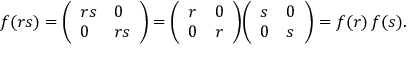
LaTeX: f ( r s ) = { \left( \begin{array} { l l } { r s } & { 0 } \\ { 0 } & { r s } \end{array} \right) } = { \left( \begin{array} { l l } { r } & { 0 } \\ { 0 } & { r } \end{array} \right) } { \left( \begin{array} { l l } { s } & { 0 } \\ { 0 } & { s } \end{array} \right) } = f ( r ) \, f ( s ) .